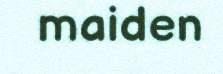
maiden